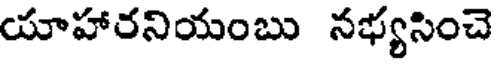
యాహారనియంబు నభ్యసించె